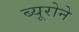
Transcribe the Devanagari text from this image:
ब्यूरोने